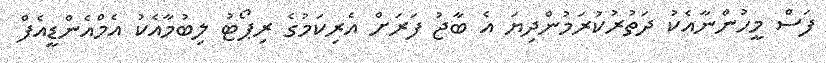
ފަސް މީހުންނާއެކު ދަތުރުކުރަމުންދިޔަ އެ ބާޖު ފަރަށް އެރިކަމުގެ ރިޕޯޓު ލިބުމާއެކު އެމްއެންޑީއެފް